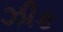
ઝીક